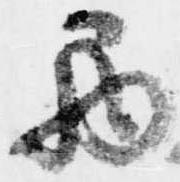
巻